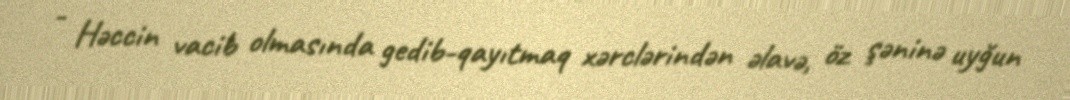
- Həccin vacib olmasında gedib-qayıtmaq xərclərindən əlavə, öz şəninə uyğun